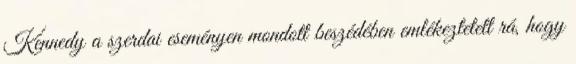
Kennedy a szerdai eseményen mondott beszédében emlékeztetett rá, hogy